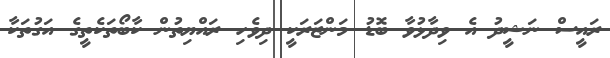
ރައީސް ނަޝީދު އެ ވިދާޅުވާ ބޮޑު މަންޒަރަކީ ދިވެހި ރައްޔިތުން ކާބޯތަކެތީގެ އަގުތަކާ